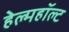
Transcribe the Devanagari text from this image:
हेल्महॉल्ट